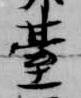
台